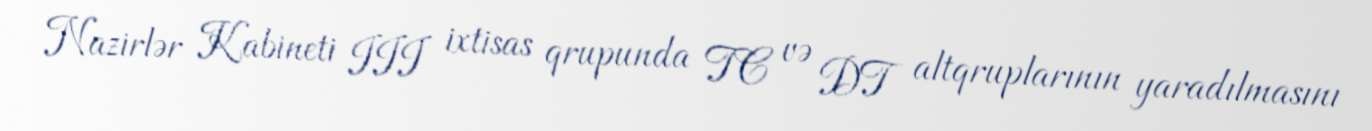
Nazirlər Kabineti III ixtisas qrupunda TC və DT altqruplarının yaradılmasını